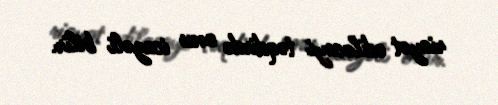
riayət ediləcəyi təqdirdə onu icazəli bilir.